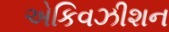
એકિવઝીશન